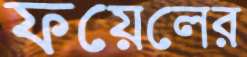
ফয়েলের